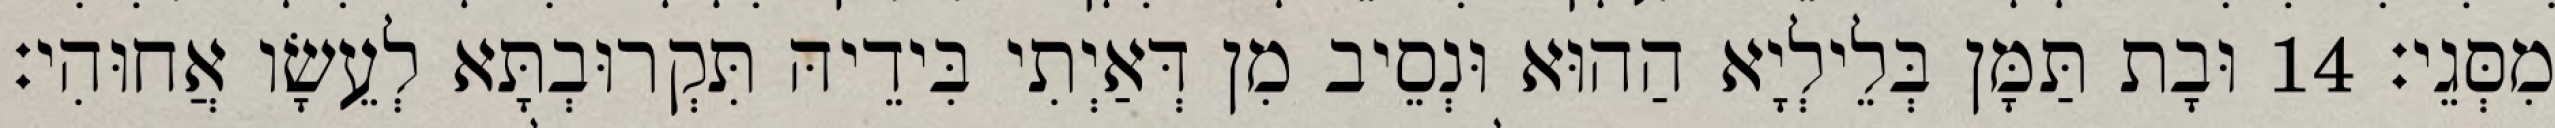
מִסְּגֵי׃ 14 וּבָת תַּמָּן בְּלֵילְיָא הַהוּא וּנְסֵיב מִן דְּאַיְתִי בִּידֵיהּ תִּקְרוּבְתָּא לְעֵשָׂו אֲחוּהִי׃